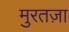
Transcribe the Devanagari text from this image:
मुरतज़ा